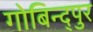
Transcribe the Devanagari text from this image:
गोबिन्द्पुर